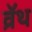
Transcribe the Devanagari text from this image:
व्रॅथ